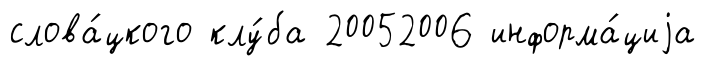
слова́цкого клу́ба 20052006 информа́циjа